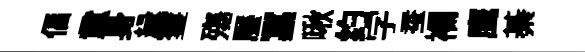
偪童身縁䨥殤饜冨啾约字蚕襴鹰綦